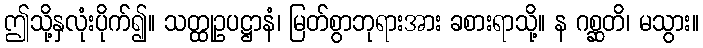
ဤသို့နှလုံးပိုက်၍။ သတ္ထုဥပဋ္ဌာနံ၊ မြတ်စွာဘုရားအား ခစားရာသို့။ န ဂစ္ဆတိ၊ မသွား။